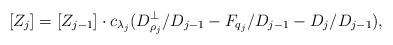
LaTeX: \begin{align*} [Z_j] &= [Z_{j-1}] \cdot c_{\lambda_j}(D_{\rho_j}^\perp/D_{j-1} - F_{q_j}/D_{j-1} - D_j/D_{j-1}),\end{align*}